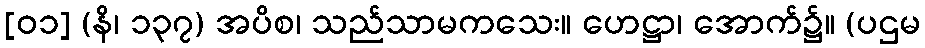
[၀၁] (နိ၊ ၁၃၇) အပိစ၊ သည်သာမကသေး။ ဟေဋ္ဌာ၊ အောက်၌။ (ပဌမ